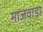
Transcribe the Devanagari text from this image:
माजवाड़ा